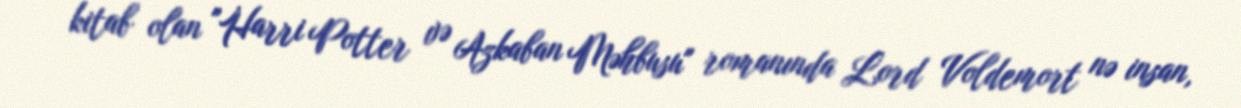
kitab olan "Harri Potter və Azkaban Məhbusu" romanında Lord Voldemort nə insan,